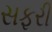
સફરી